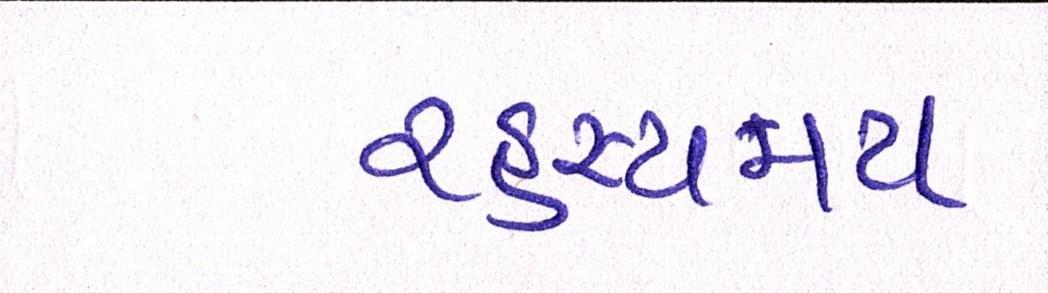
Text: રહસ્યમય